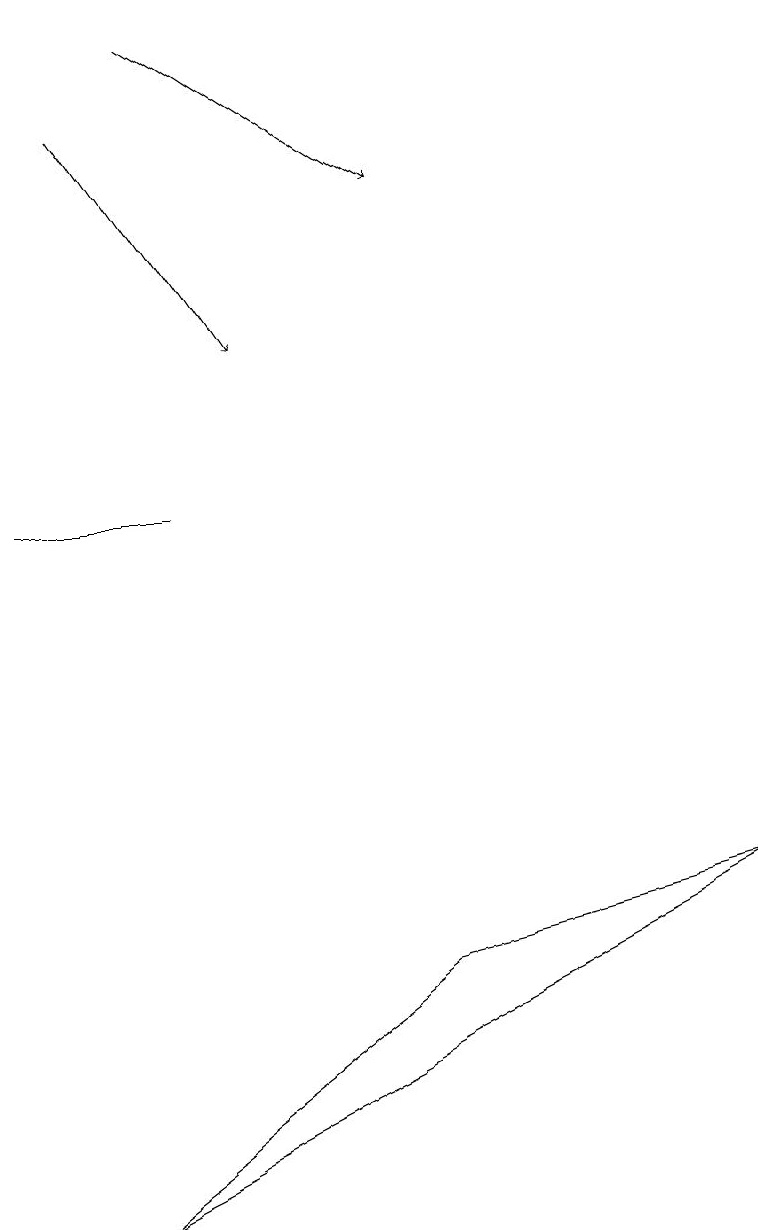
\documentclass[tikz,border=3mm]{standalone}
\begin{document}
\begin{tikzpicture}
\draw[->] (2,19) -- (5,17);
\draw[->] (1,18) -- (3,15);
\draw (0,13) rectangle (2,13);
\draw (1,4) -- (9,8) -- (5,7) -- cycle;
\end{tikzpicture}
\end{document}